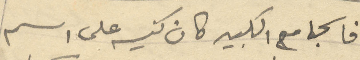
فالجامع الكبير كان كنيسه على اسم